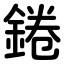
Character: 錈